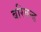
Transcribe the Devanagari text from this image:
बरिबन्ड